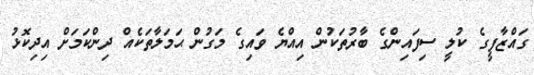
ގައްޒާފީގެ ކުލީ ސިފައިންގެ ބާރުތަކުން އިއްޔެ ވައިގެ މަގުން ޙަމަލާތަކެއް ދިންކަމަށް އިދިކޮޅު